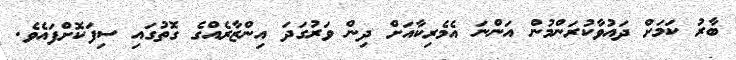
ބާރު ކަމަށް ދައުވާކުރަންމުން އަންނަ އެމެރިކާއަށް ދިން ވަރުގަދަ އިންޒާރެއްގެ ގޮތުގައި ސިފަކޮށްފައެވެ.